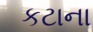
કટાના